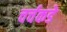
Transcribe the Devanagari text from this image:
चर्चकडे